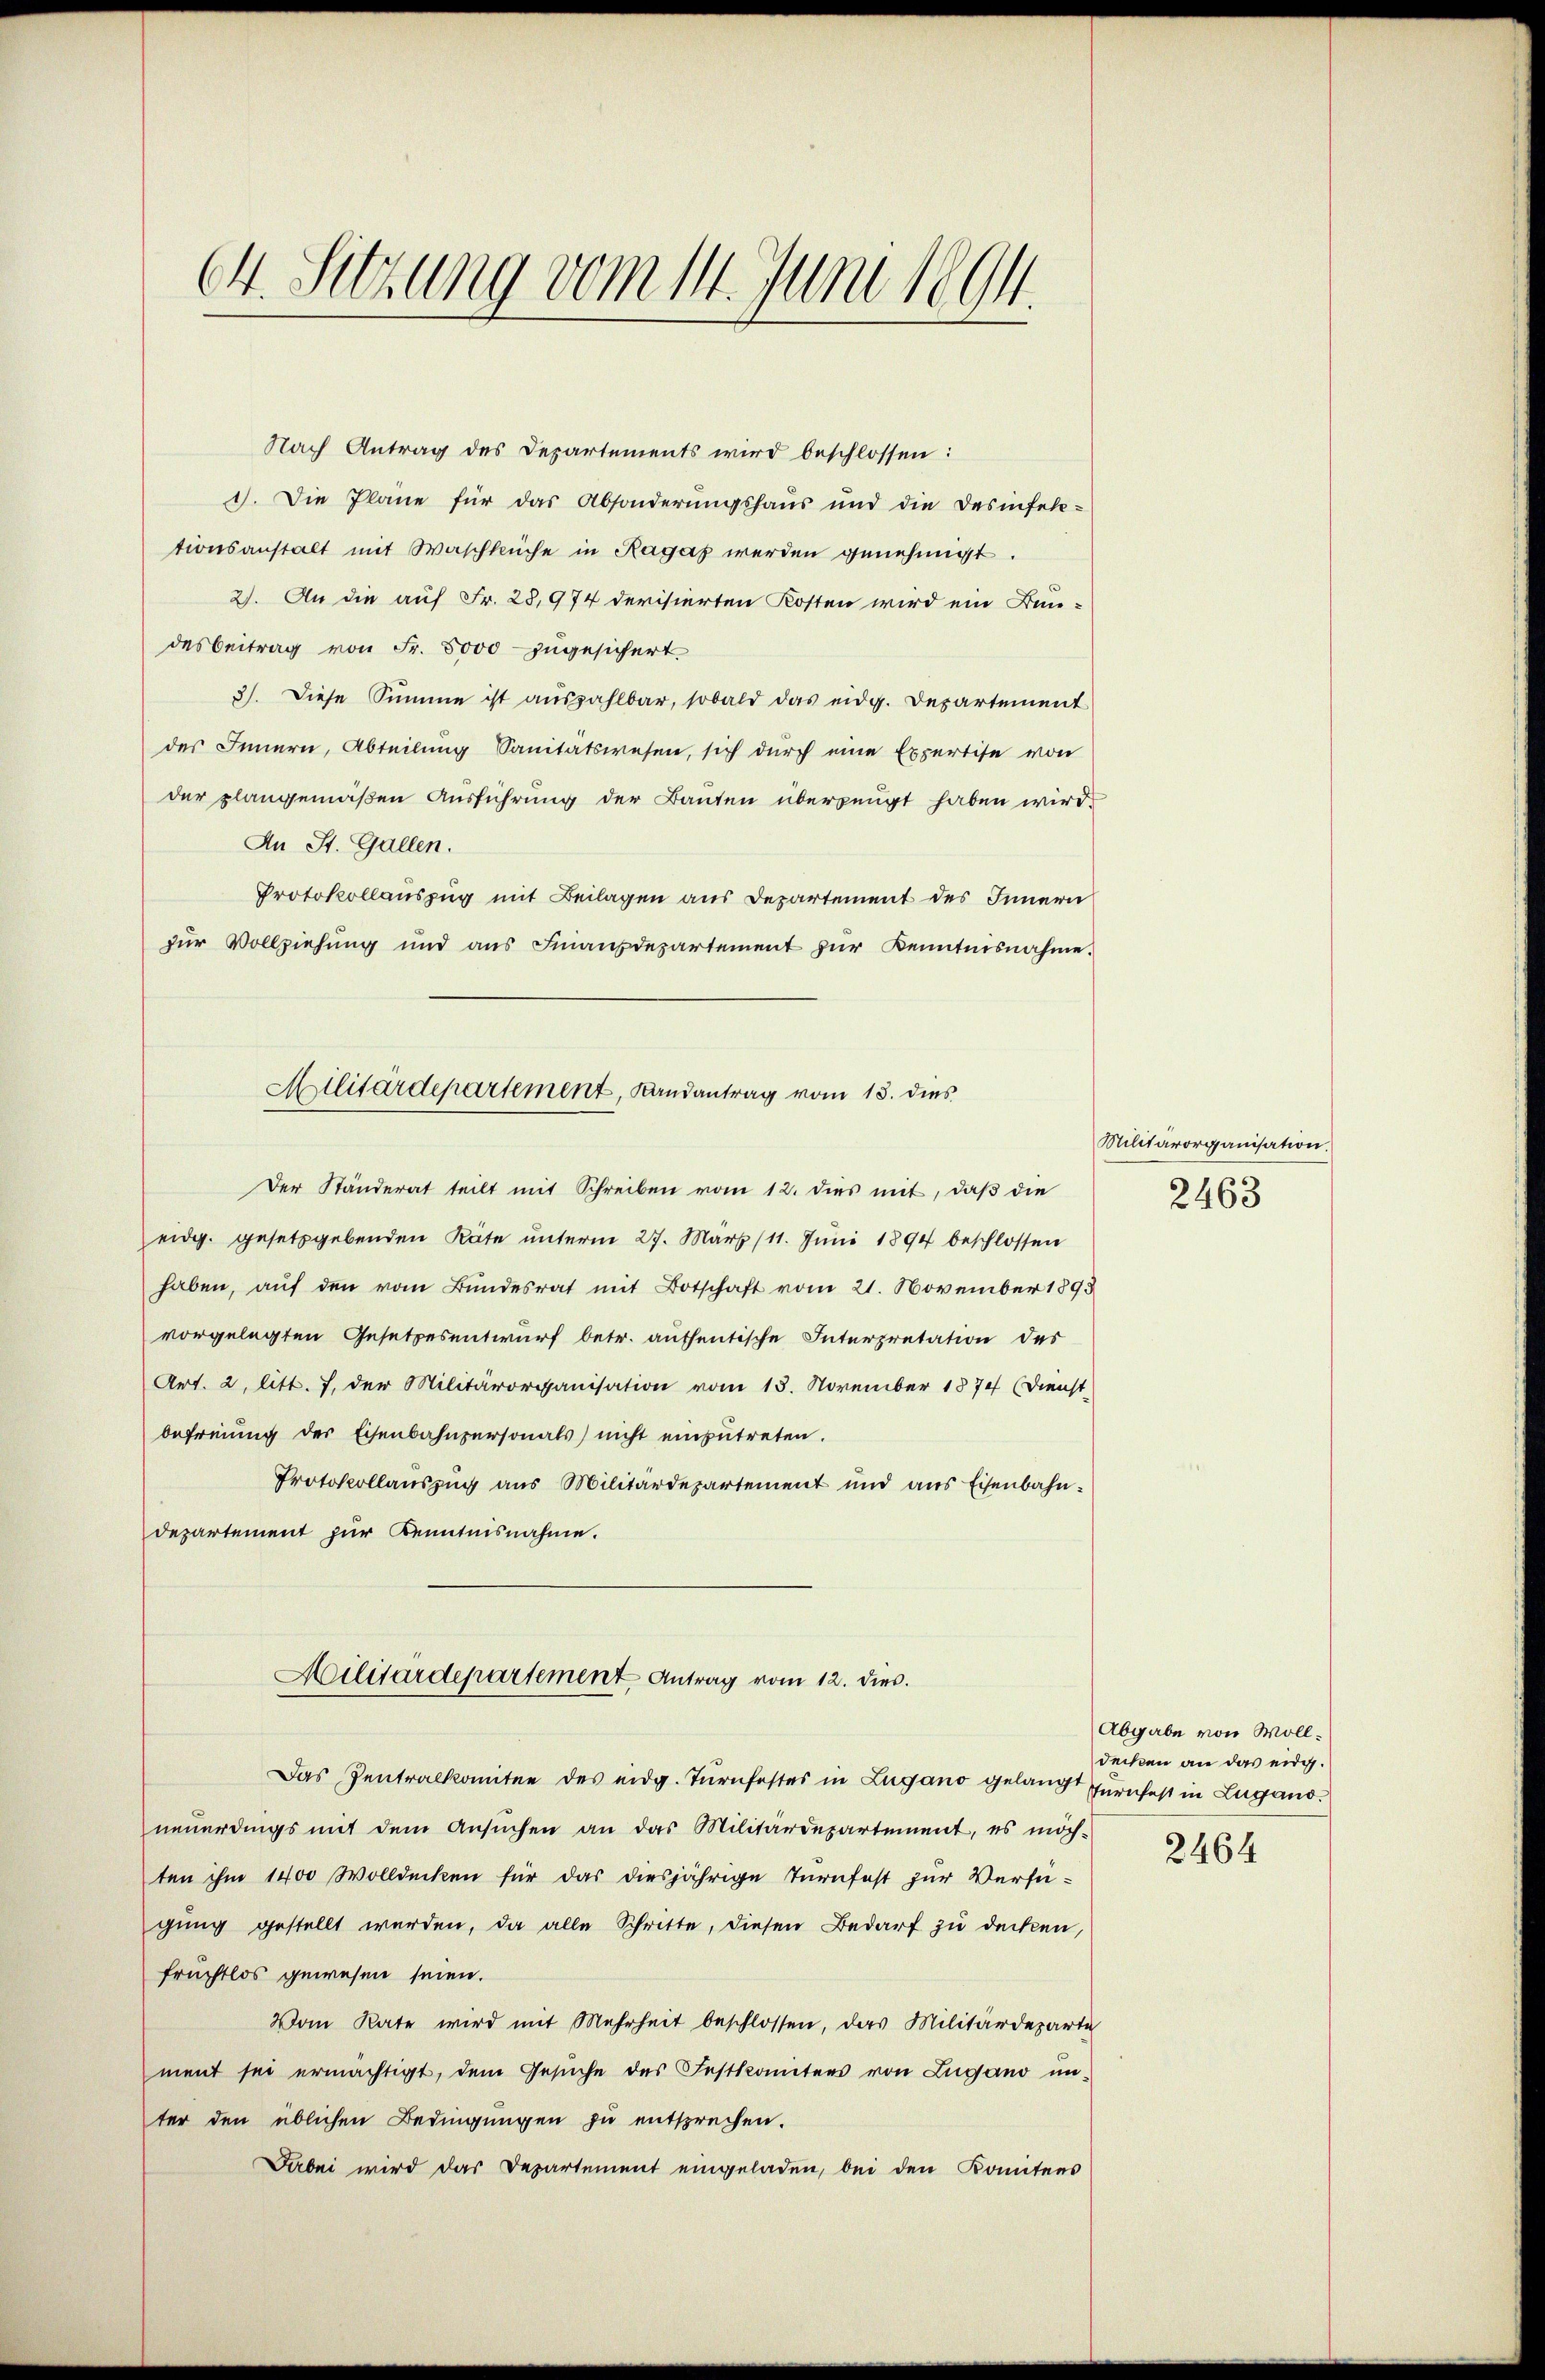
64. Sitzung vom 14. Juni 1894.

Nach Antrag des Departements wird beschlossen:
I. Die Pläne für das Absonderungshaus und die Desinfell-
tionsanstalt mit Waschküche in Ragat werden genehmigt.
2). An die auf Fr. 28,974 devisierten Kosten wird ein Bun-
desbeitrag von Fr. 5000 zugesichert
3). Diese Summe ist auszahlbar, sobald das eidg. Departement
des Innern, Abteilung Sanitätswesen, sich durch eine Expertise von
der plangemäßen Ausführung der Bauten überzeugt haben wird.
An St. Gallen.
Protokollauszug mit Beilagen aus Departement des Innern
zur Vollziehung und ans Finanzdepartement zŭr Kenntnisnahme.
Der Ständerat teilt mit Schreiben vom 12. dies mit, daß die
eidg. gesetzgebenden Räte unterm 27. März (11. Jŭni 1894 beschlossen
haben, auf den vom Bundesrat mit Botschaft vom 21. November 1893
vorgelegten Gesetzesentwurf betr. aufsentische Interpretation des
Art. 2, litt. 7. der Militärorganisation vom 13. November 1874 (Dienst-
befreiung der Eisenbahnpersonals) nicht einzŭtreten.
Protokollauszug aus Militärdepartement und aus Eisenbahndepartement zur Kenntnisnahme.
Militärdepartement Antrag vom 12. dies.
Das Zentralkomitee des eidg. Turnfestes in Lugano gelangt zurufest in Lugano.
neuerdings mit dem Ansuchen an das Militärdepartement, es möch-
ten ihm 1400 Wolldecken für das diesjährige Turnfest zur Verfügŭng gestellt werden, da alle Schritte, diesen Bedarf zu decken,
fruchtlos gewesen seien.
Vom Rate wird mit Mehrheit beschlossen, das Militärdeparti
ment sei ermächtigt, dem Gesŭche des Festkontens von Lugano un-
ter den üblichen Bedingungen zu entsprechen.
Farbei wird das Departement eingeladen, bei den Komitees

Militärdepartement, Landantrag vom 13. dies

Militärorganisation.
2463

Abgabe von Wolldecken an das eidg.
2464